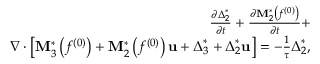
\begin{array} { r l r } & { } & { \frac { { \partial { \boldsymbol { \Delta } } _ { 2 } ^ { * } } } { { \partial t } } + \frac { { \partial { \bf { M } } _ { 2 } ^ { * } \left( { { f ^ { ( 0 ) } } } \right) } } { { \partial t } } + } \\ & { } & { \nabla \cdot \left[ { { \bf { M } } _ { 3 } ^ { * } \left( { { f ^ { ( 0 ) } } } \right) + { \bf { M } } _ { 2 } ^ { * } \left( { { f ^ { ( 0 ) } } } \right) { \bf { u } } + { \boldsymbol { \Delta } } _ { 3 } ^ { * } + { \boldsymbol { \Delta } } _ { 2 } ^ { * } { \bf { u } } } \right] = - \frac { 1 } { \tau } { \boldsymbol { \Delta } } _ { 2 } ^ { * } , } \end{array}